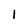
Character: 1